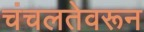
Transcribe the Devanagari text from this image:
चंचलतेवरून